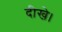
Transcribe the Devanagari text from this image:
दीखे।